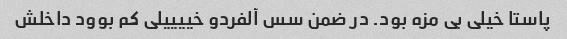
پاستا خیلی بی مزه بود. در ضمن سس آلفردو خییییلی کم بوود داخلش